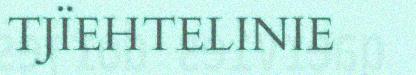
TJÏEHTELINIE